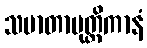
သမာတာပုတ္တိကာနံ